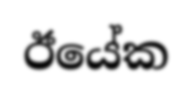
ඊයේක